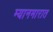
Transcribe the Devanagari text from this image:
म्यानमारात